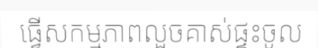
ធ្វើសកម្មភាពលួចគាស់ផ្ទះចូល